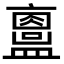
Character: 𥃂